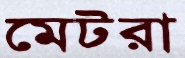
মেটরা